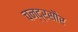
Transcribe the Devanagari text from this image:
चन्द्रसौर